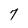
Character: 7